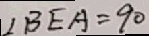
\angle B E A = 9 0